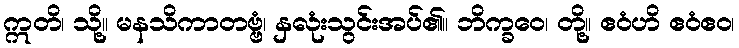
ဣတိ၊ သို့။ မနသိကာတဗ္ဗံ၊ နှလုံးသွင်းအပ်၏။ ဘိက္ခဝေ၊ တို့။ ဧဝံဟိ ဧဝံဧဝ၊